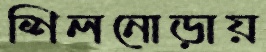
শিলনোড়ায়